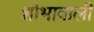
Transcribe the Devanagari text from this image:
शोभावाली